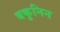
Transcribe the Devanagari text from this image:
बकुनिन